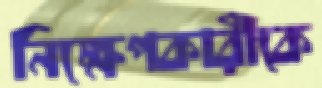
নিক্ষেপকারীকে